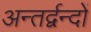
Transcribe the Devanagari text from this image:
अन्तर्द्वन्दों